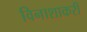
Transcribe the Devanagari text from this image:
विनाशाकरी